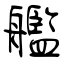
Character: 艦